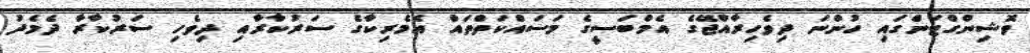
ވޮޝިންގްޓަންގައި ހުންނަ ދިވެހިރާއްޖޭގެ އެމްބަސީގެ މަސައްކަތްތައް އެމެރިކާގެ ސަރުކާރާއި ދިވެހި ސަރުކާރާ ދެމެދު